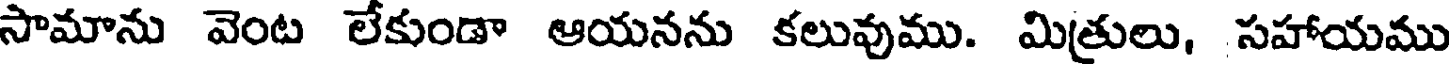
సామాను వెంట లేకుండా ఆయనను కలువుము. మిత్రులు, సహాయము